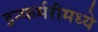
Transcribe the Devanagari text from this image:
इन्फर्मरीमध्ये